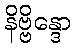
နိဗ္ဗိန္ဒော